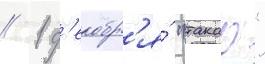
// 1 д'екабр'я́ "такао"